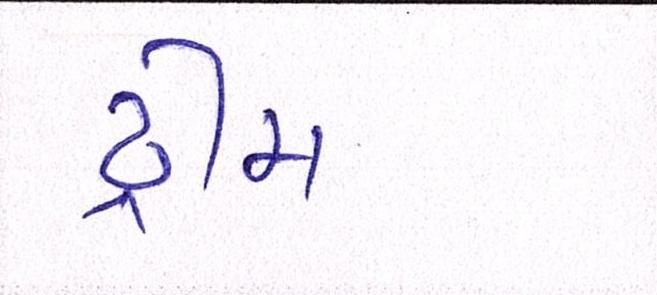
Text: ડ્રીમ